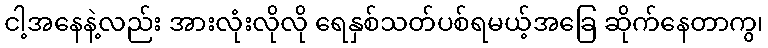
ငါ့အနေနဲ့လည်း အားလုံးလိုလို ရေနှစ်သတ်ပစ်ရမယ့်အခြေ ဆိုက်နေတာကွ၊